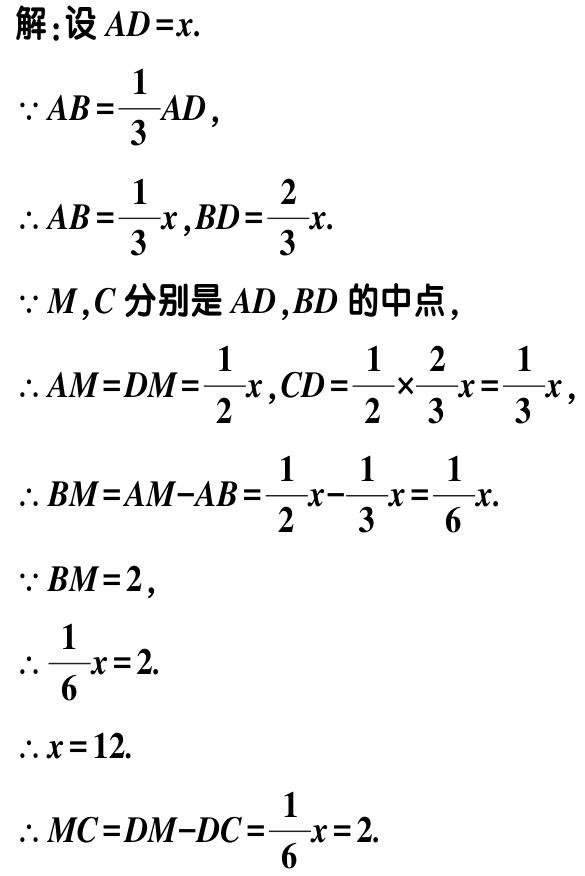
解:设 \(AD = x\).

\(\because AB=\frac{1}{3}AD\),

\(\therefore AB = \frac{1}{3}x,BD=\frac{2}{3}x\).

\(\because M,C\) 分别是 \(AD,BD\) 的中点,

\(\therefore AM = DM=\frac{1}{2}x,CD=\frac{1}{2}\times\frac{2}{3}x=\frac{1}{3}x\),

\(\therefore BM = AM - AB=\frac{1}{2}x-\frac{1}{3}x=\frac{1}{6}x\).

\(\because BM = 2\),

\(\therefore \frac{1}{6}x = 2\).

\(\therefore x = 12\).

\(\therefore MC=DM - DC=\frac{1}{6}x = 2\).